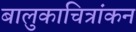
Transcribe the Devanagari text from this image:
बालुकाचित्रांकन